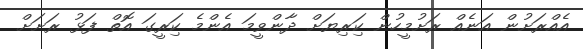
އެއްރަށުން އަނެއް ރަށުމީހުން ކަިރިޔަށް ދާންވީމަ އެންމެ ކަިރީގަ އޮތް ފަޅު ރަށަށް